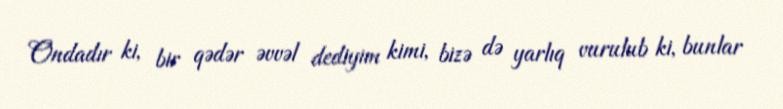
Ondadır ki, bir qədər əvvəl dediyim kimi, bizə də yarlıq vurulub ki, bunlar